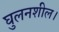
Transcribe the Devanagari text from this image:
घुलनशील।